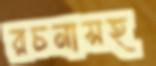
রচনাসহ